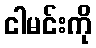
ငါမင်းကို